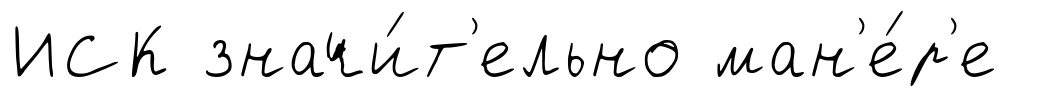
ИСК значи́т'ельно ман'е́р'е